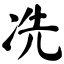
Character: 冼